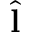
\hat { \bf l }